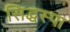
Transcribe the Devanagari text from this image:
सिद्धस्पा